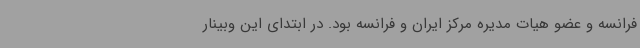
فرانسه و عضو هیات مدیره مرکز ایران و فرانسه بود. در ابتدای این وبینار